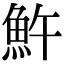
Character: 𩵱